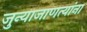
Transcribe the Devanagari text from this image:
जुन्याजाणत्यांना